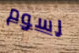
رسوم